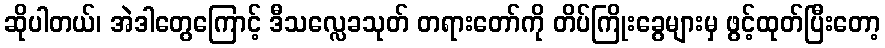
ဆိုပါတယ်၊ အဲဒါတွေကြောင့် ဒီသလ္လေခသုတ် တရားတော်ကို တိပ်ကြိုးခွေများမှ ဖွင့်ထုတ်ပြီးတော့